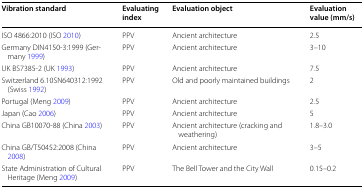
<table><thead><tr><td><b>Vibration standard</b></td><td><b>Evaluating index</b></td><td><b>Evaluation object</b></td><td><b>Evaluation value (mm/s)</b></td></tr></thead><tbody><tr><td>ISO 4866:2010 (ISO 2010)</td><td>PPV</td><td>Ancient architecture</td><td>2.5</td></tr><tr><td>Germany DIN4150-3:1999 (Germany 1999)</td><td>PPV</td><td>Ancient architecture</td><td>3–10</td></tr><tr><td>UK BS7385-2 (UK 1993)</td><td>PPV</td><td>Ancient architecture</td><td>7.5</td></tr><tr><td>Switzerland 6.10SN640312:1992 (Swiss 1992)</td><td>PPV</td><td>Old and poorly maintained buildings</td><td>2</td></tr><tr><td>Portugal (Meng 2009)</td><td>PPV</td><td>Ancient architecture</td><td>2.5</td></tr><tr><td>Japan (Cao 2006)</td><td>PPV</td><td>Ancient architecture</td><td>5</td></tr><tr><td>China GB10070-88 (China 2003)</td><td>PPV</td><td>Ancient architecture (cracking and weathering)</td><td>1.8–3.0</td></tr><tr><td>China GB/T50452:2008 (China 2008)</td><td>PPV</td><td>Ancient architecture</td><td>3–5</td></tr><tr><td>State Administration of Cultural Heritage (Meng 2009)</td><td>PPV</td><td>The Bell Tower and the City Wall</td><td>0.15–0.2</td></tr></tbody></table>